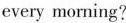
every morning?